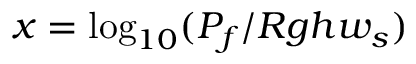
x = \log _ { 1 0 } ( P _ { f } / R g h w _ { s } )